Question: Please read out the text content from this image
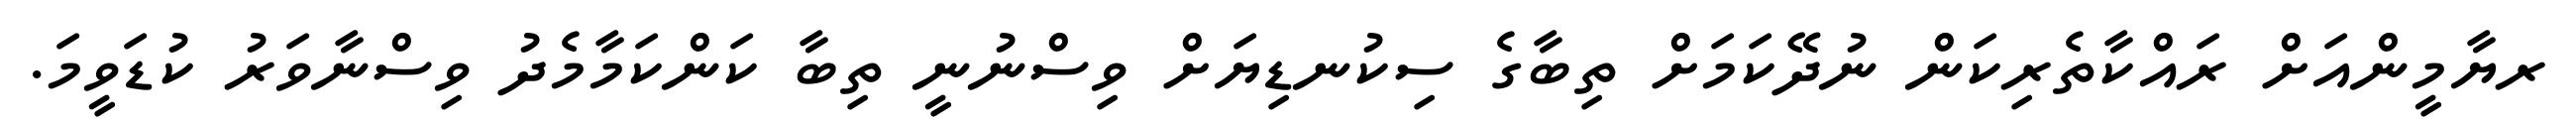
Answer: ރޔާމީންއަށް ރައްކާތެރިކަން ނުދޭކަމަށް ތިބާގެ ސިކުނޑިޔަށް ވިސްނުނީ ތިބާ ކަންކަމާމެދު ވިސްނާވަރު ކުޑަވީމަ.